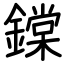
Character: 鏿